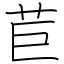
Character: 苣